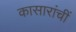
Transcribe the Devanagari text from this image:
कासारांचीं